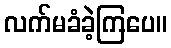
လက်မခံခဲ့ကြပေ။